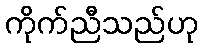
ကိုက်ညီသည်ဟု